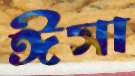
ঈসা